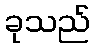
ခုသည်